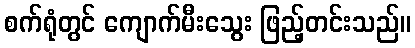
စက်ရုံတွင် ကျောက်မီးသွေး ဖြည့်တင်းသည်။